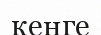
кеңге